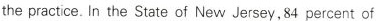
the practice. In the State of New Jersey,84 percent of